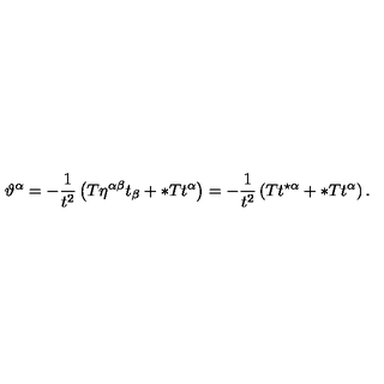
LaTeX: \vartheta ^ { \alpha } = - { \frac { 1 } { t ^ { 2 } } } \left( T \eta ^ { \alpha \beta } t _ { \beta } + \ast T t ^ { \alpha } \right) = - { \frac { 1 } { t ^ { 2 } } } \left( T t ^ { \star \alpha } + \ast T t ^ { \alpha } \right) .